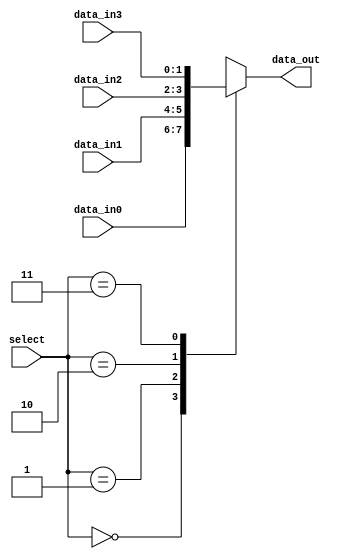
module mux_behavioral (
    input [1:0] select,
    input [1:0] data_in0,
    input [1:0] data_in1,
    input [1:0] data_in2,
    input [1:0] data_in3,
    output reg [1:0] data_out
);

always @*
begin
    case (select)
        2'b00: data_out = data_in0; // Output data_in0 when select is 00
        2'b01: data_out = data_in1; // Output data_in1 when select is 01
        2'b10: data_out = data_in2; // Output data_in2 when select is 10
        2'b11: data_out = data_in3; // Output data_in3 when select is 11
        default: data_out = 2'b00; // Default assignment
    endcase
end

endmodule